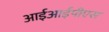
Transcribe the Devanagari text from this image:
आईआईपीएस